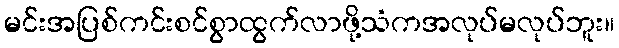
မင်းအပြစ်ကင်းစင်စွာထွက်လာဖို့သံကအလုပ်မလုပ်ဘူး။